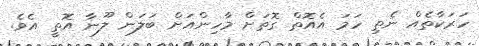
ހަރަކާތެއް ނެތި ހަމަ އެއޮތް ގޮތަށް މާހިންއަށް ބަލަން ލޫނާ އޮތީ އެވެ.